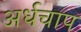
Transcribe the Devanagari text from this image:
अर्धचाप